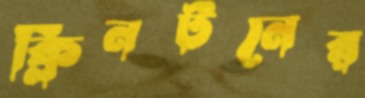
ক্লিনটনের